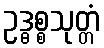
ဥဒ္ဓစ္စသုတ္တံ